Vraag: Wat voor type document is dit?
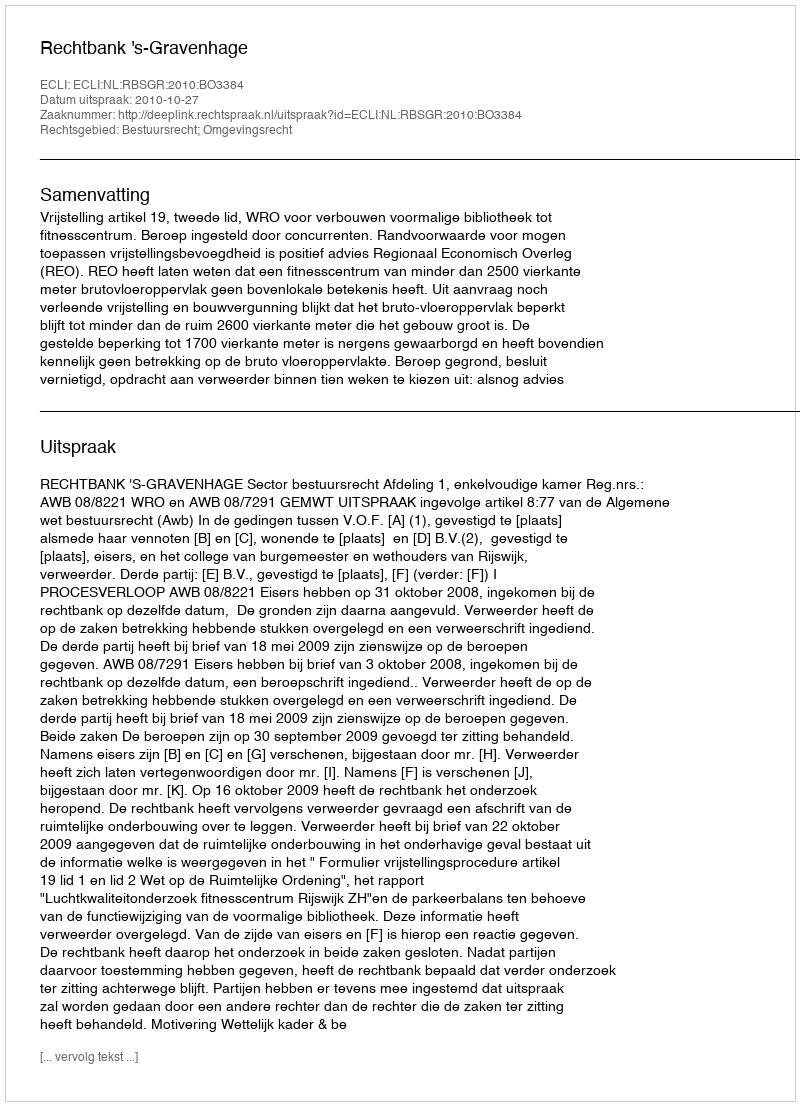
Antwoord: Uitspraak